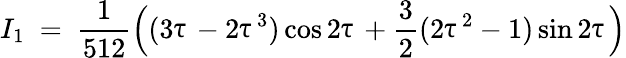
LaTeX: I_{1}\ =\ \frac{1}{512}\Big((3\uptau-2\uptau^{3})\cos 2\uptau+\frac{3}{2}(2\uptau^{2}-1)\sin 2\uptau\Big)